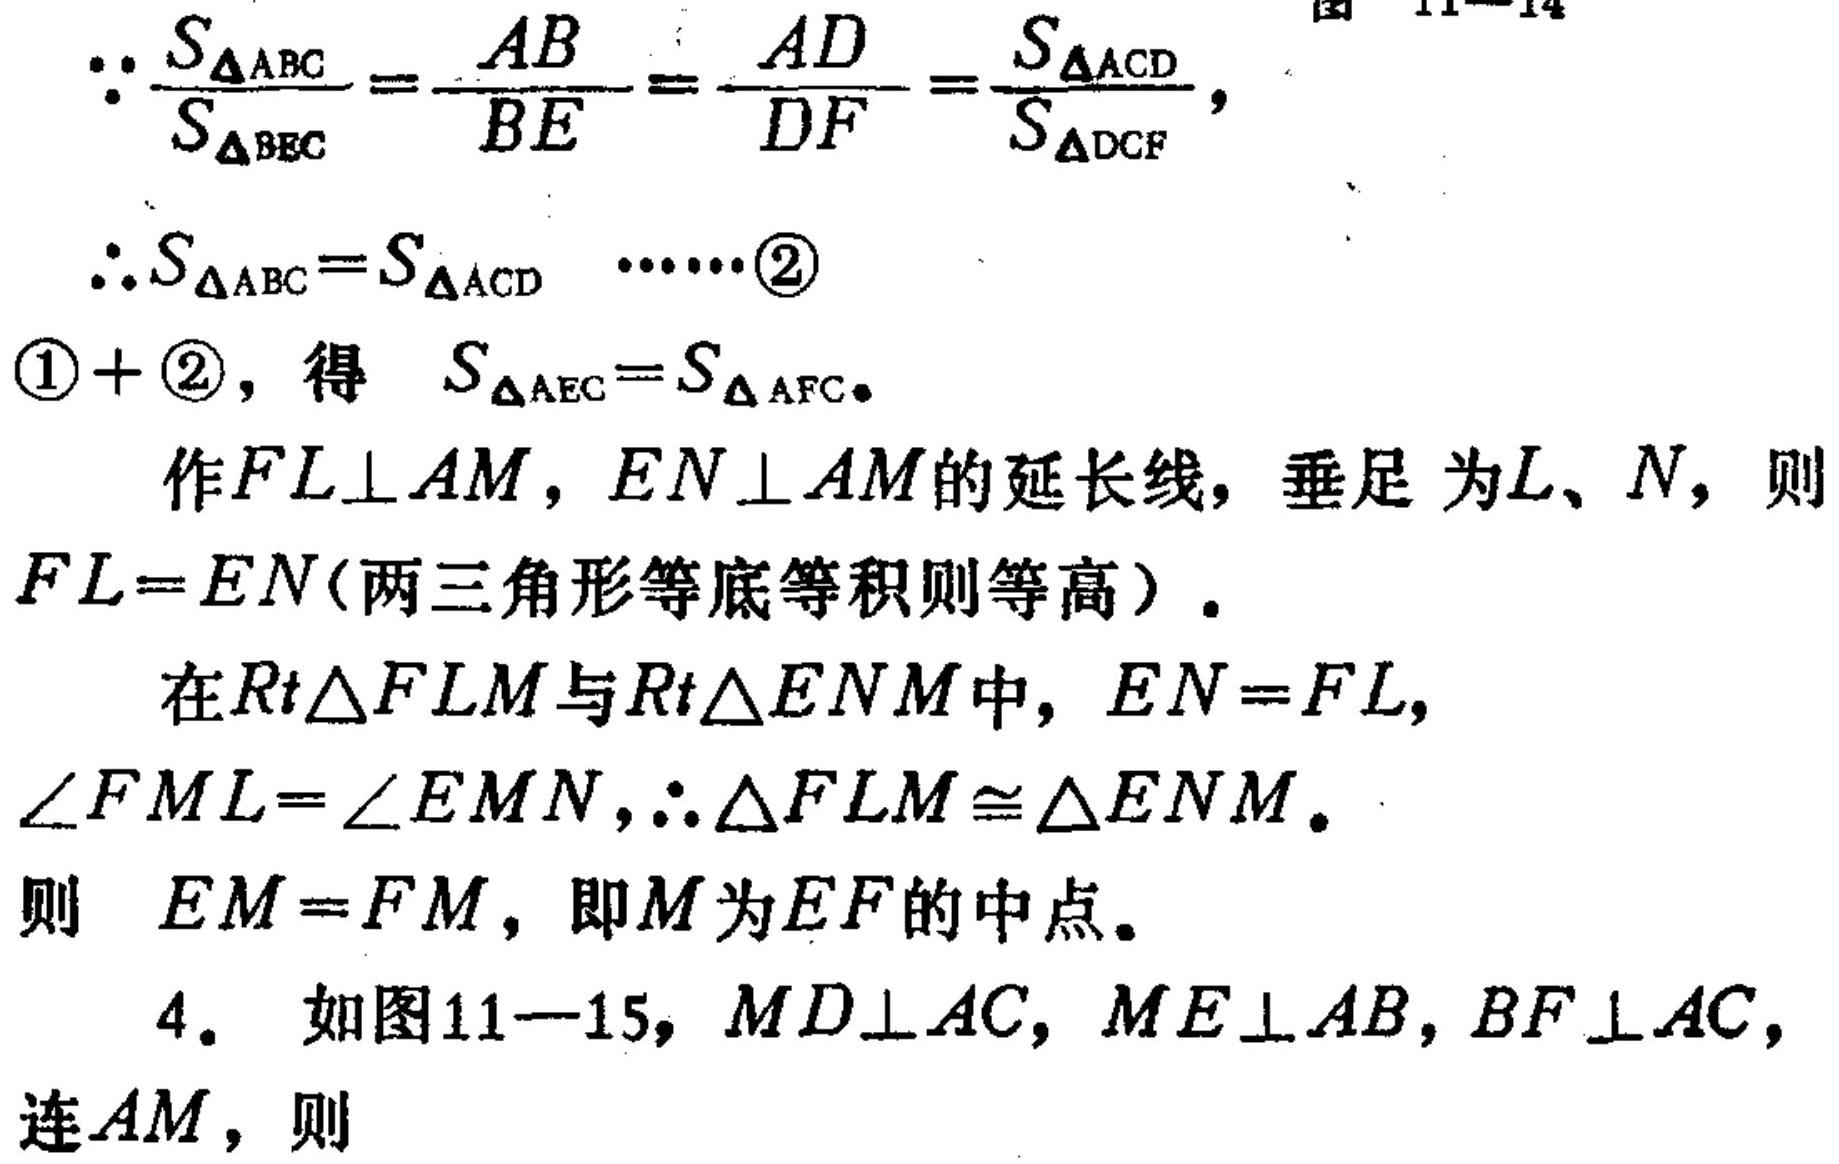
\(\because\frac{S_{\triangle ABC}}{S_{\triangle BEC}}=\frac{AB}{BE}=\frac{AD}{DF}=\frac{S_{\triangle ACD}}{S_{\triangle DCF}}\)，
\(\therefore S_{\triangle ABC}=S_{\triangle ACD}\cdots\cdots\textcircled{2}\)
\(\textcircled{1} + \textcircled{2}\)，得 \(S_{\triangle AEC}=S_{\triangle AFC}\)。
作\(FL\perp AM\)，\(EN\perp AM\)的延长线，垂足为\(L、N\)，则\(FL = EN\)（两三角形等底等积则等高）。
在\(Rt\triangle FLM\)与\(Rt\triangle ENM\)中，\(EN = FL\)，\(\angle FML=\angle EMN\)，\(\therefore\triangle FLM\cong\triangle ENM\)。
则 \(EM = FM\)，即\(M\)为\(EF\)的中点。
4. 如图11—15，\(MD\perp AC\)，\(ME\perp AB\)，\(BF\perp AC\)，连\(AM\)，则